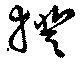
揆